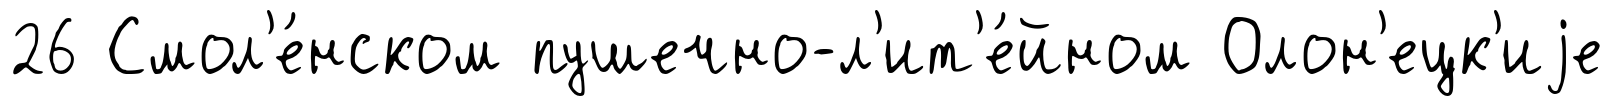
26 Смол'е́нском пушечно-л'ит'е́йном Олон'ецк'иjе